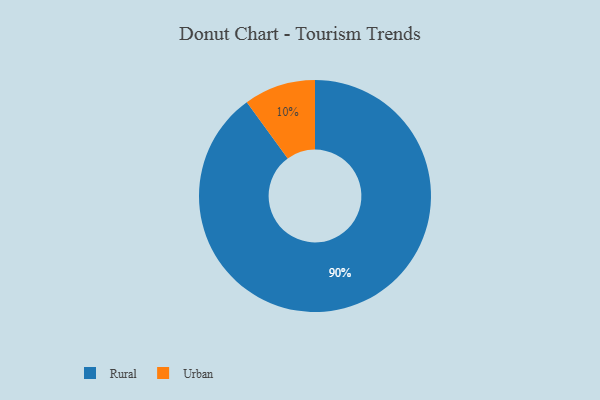
{"axis": {"x": "Category", "y": "Percentage"}, "legend": ["Rural", "Urban"], "data": [{"x": "Urban", "y": 10, "type": "Urban"}, {"x": "Rural", "y": 90, "type": "Rural"}]}